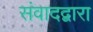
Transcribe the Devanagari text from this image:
संवादद्वारा